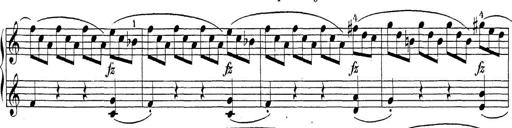
Title: Sonatina Album
Composer: Louis KÃ¶hler